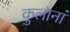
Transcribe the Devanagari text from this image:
कुलानां